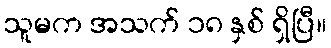
သူမက အသက် ၁၈ နှစ် ရှိပြီ။